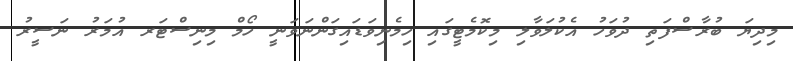
މިދިޔަ ބުރާސްފަތި ދުވަހު އެކުލަވާލި މިކޮމެޓީގައި ހިމެނިވަޑައިގަންނަވަނީ ހޯމް މިނިސްޓަރ އުމަރު ނަސީރު